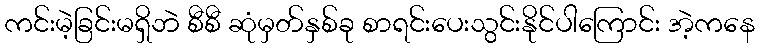
ကင်းမဲ့ခြင်းမရှိဘဲ စီစီ ဆုံမှတ်နှစ်ခု စာရင်းပေးသွင်းနိုင်ပါကြောင်း အဲ့ကနေ